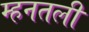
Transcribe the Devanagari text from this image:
म्हनतली